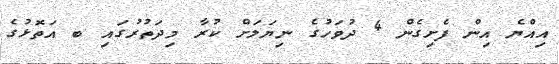
އިއްޔެ އިން ފެށިގެން 4 ދުވަހުގެ ނިޔަލަށް ކުރާ މިދަތުރުގައި ބ އަތޮޅުގެ